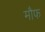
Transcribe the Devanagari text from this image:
मौफ